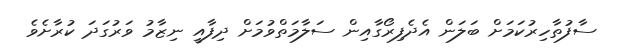
ސާފުތާހިރުކަމަށް ބަލަން އެދެފިރޯގާއިން ސަލާމަތްވުމަށް ދިފާއީ ނިޒާމު ވަރުގަދަ ކުރާށެވެ